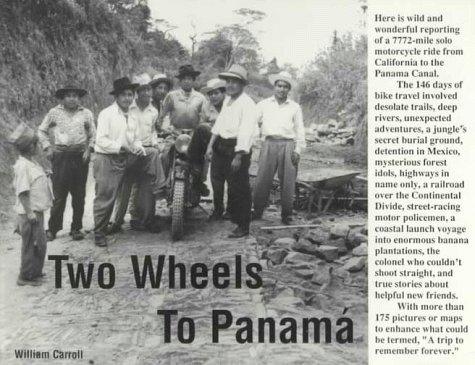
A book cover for Motorcycle and rider, Los Angeles to Panama; William Carroll; Travel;